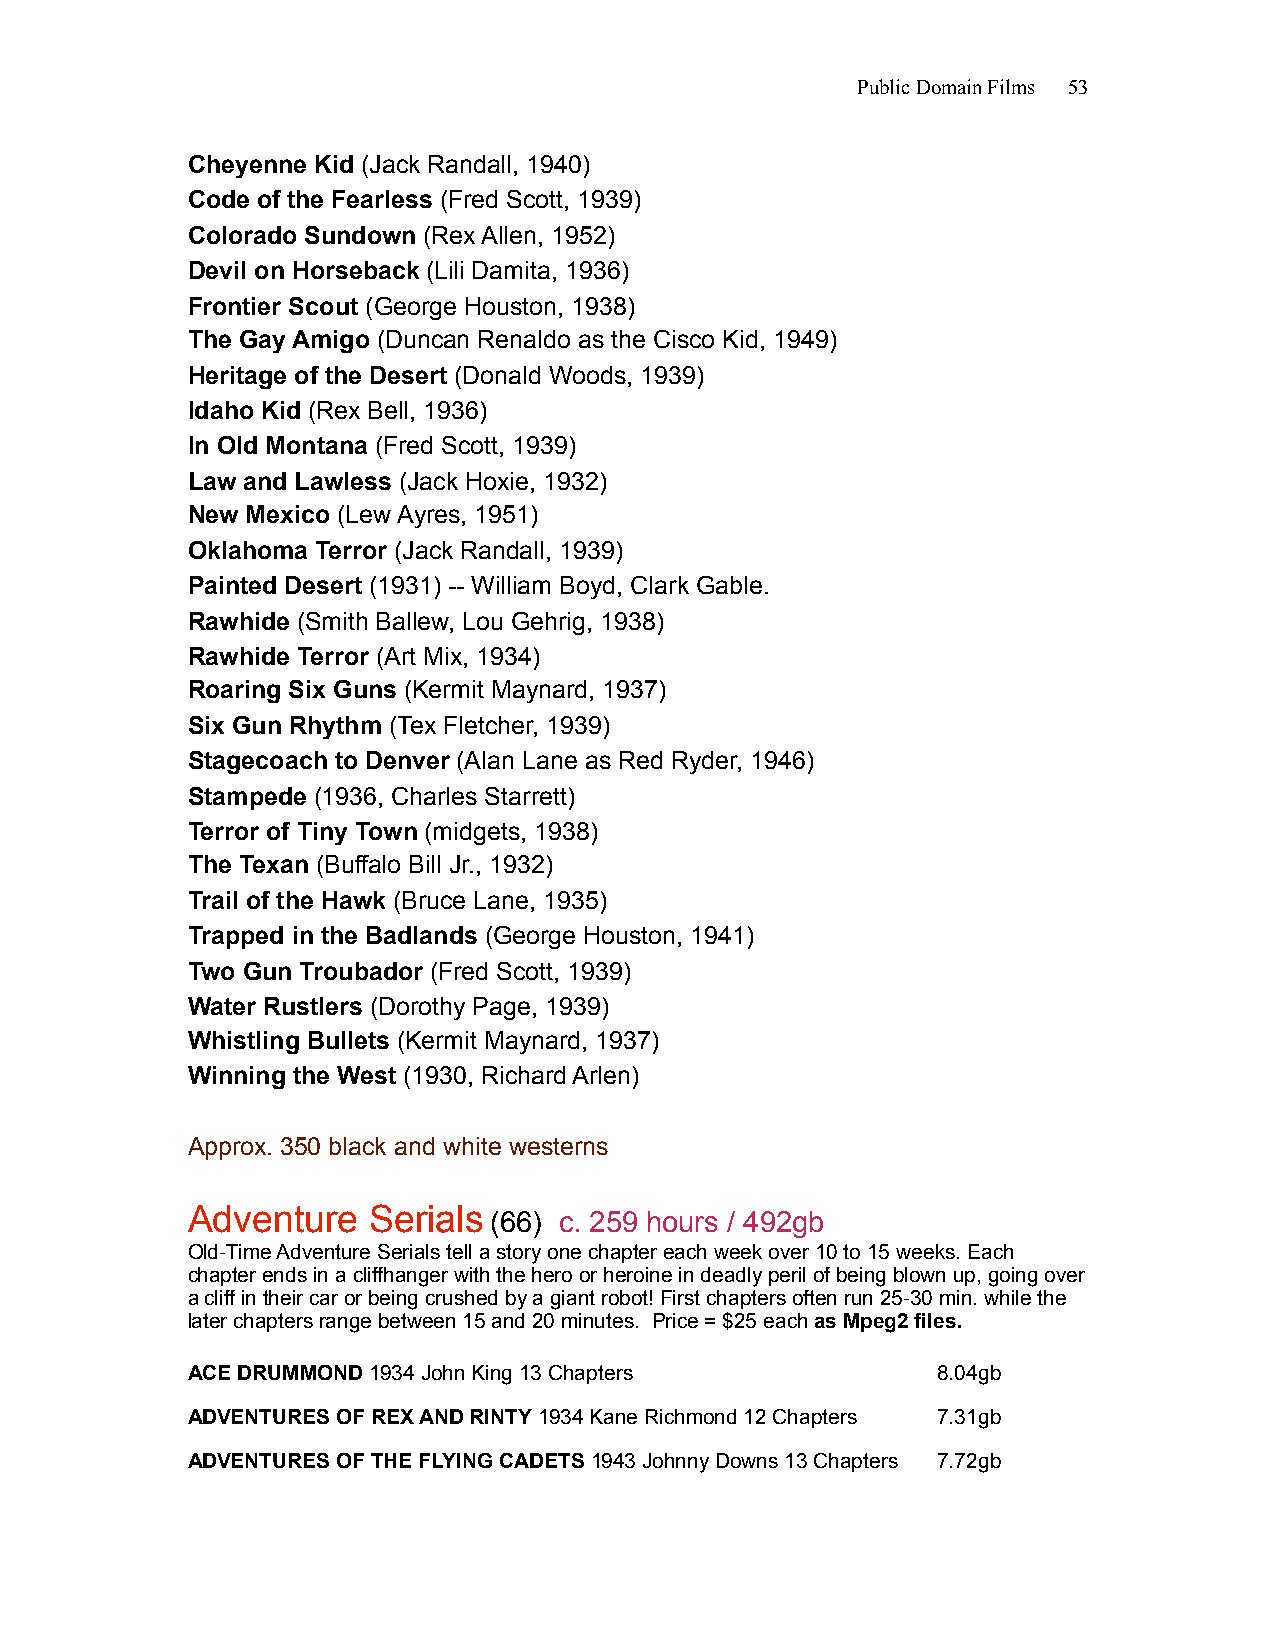
Public Domain Films 53
 Cheyenne Kid (Jack Randall, 1940)
 Code of the Fearless (Fred Scott, 1939)
 Colorado Sundown (Rex Allen, 1952)
 Devil on Horseback (Lili Damita, 1936)
 Frontier Scout (George Houston, 1938)
 The Gay Amigo (Duncan Renaldo as the Cisco Kid, 1949)
 Heritage of the Desert (Donald Woods, 1939)
 Idaho Kid (Rex Bell, 1936)
 In Old Montana (Fred Scott, 1939)
 Law and Lawless (Jack Hoxie, 1932)
 New Mexico (Lew Ayres, 1951)
 Oklahoma Terror (Jack Randall, 1939)
 Painted Desert (1931) -- William Boyd, Clark Gable.
 Rawhide (Smith Ballew, Lou Gehrig, 1938)
 Rawhide Terror (Art Mix, 1934)
 Roaring Six Guns (Kermit Maynard, 1937)
 Six Gun Rhythm (Tex Fletcher, 1939)
 Stagecoach to Denver (Alan Lane as Red Ryder, 1946)
 Stampede (1936, Charles Starrett)
 Terror of Tiny Town (midgets, 1938)
 The Texan (Buffalo Bill Jr., 1932)
 Trail of the Hawk (Bruce Lane, 1935)
 Trapped in the Badlands (George Houston, 1941)
 Two Gun Troubador (Fred Scott, 1939)
 Water Rustlers (Dorothy Page, 1939)
 Whistling Bullets (Kermit Maynard, 1937)
 Winning the West (1930, Richard Arlen)
 Approx. 350 black and white westerns
 Adventure   Serials
 (66) c. 259 hours / 492gb
 Old-Time Adventure Serials tell a story one chapter each week over 10 to 15 weeks. Each
 chapter ends in a cliffhanger with the hero or heroine in deadly peril of being blown up, going over
 a cliff in their car or being crushed by a giant robot! First chapters often run 25-30 min. while the
 later chapters range between 15 and 20 minutes. Price = $25 each as Mpeg2 files.
 ACE DRUMMOND 1934 John King 13 Chapters           8.04gb
 ADVENTURES OF REX AND RINTY 1934 Kane Richmond 12 Chapters 7.31gb
 ADVENTURES OF THE FLYING CADETS 1943 Johnny Downs 13 Chapters 7.72gb